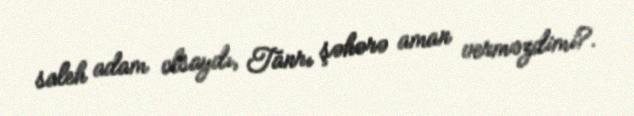
saleh adam olsaydı, Tanrı şəhərə aman verməzdimi?.